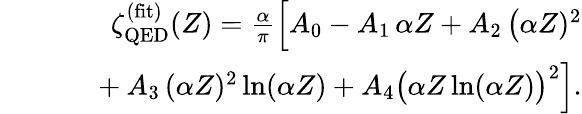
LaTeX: \begin{array}{rlr}&{}&{\zeta_{\mathrm{QED}}^{\mathrm{(fit)}}(Z)=\frac{\alpha}{\pi}\Big[A_{0}-A_{1}\, \alpha Z+A_{2}\, \big(\alpha Z)^{2}}\\ &{}&{~~~~~+A_{3}\, (\alpha Z)^{2}\ln(\alpha Z)+A_{4}\big(\alpha Z\ln(\alpha Z)\big)^{2}\Big].}\end{array}